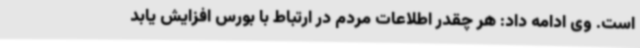
است. وی ادامه داد: هر چقدر اطلاعات مردم در ارتباط با بورس افزایش یابد